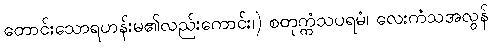
တောင်းသောရဟန်းမ၏လည်းကောင်း၊) စတုက္ကံသပရမံ၊ လေးကံသအလွန်